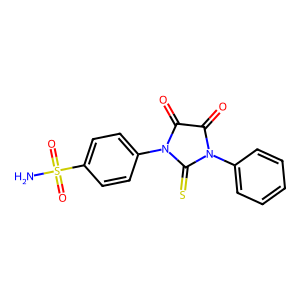
SMILES: NS(=O)(=O)c1ccc(N2C(=O)C(=O)N(c3ccccc3)C2=S)cc1
Inhibits HIV replication: No